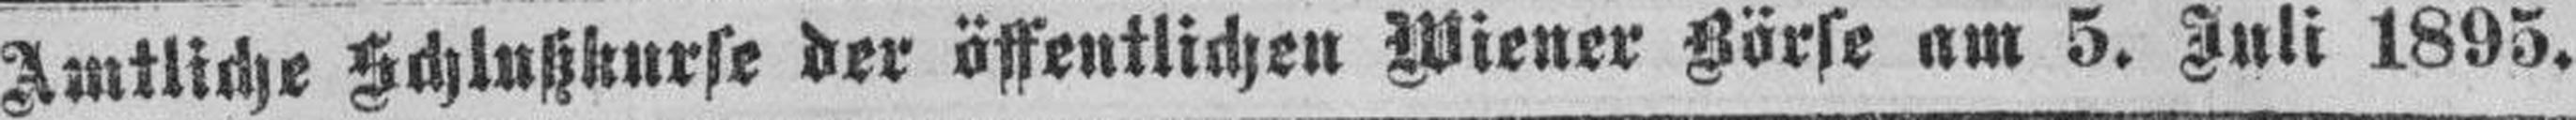
Amtliche Schlutzkurse der öffentlichen Wiener Börse am 5. Juli 1895.